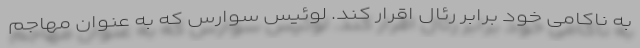
به ناکامی خود برابر رئال اقرار کند. لوئیس سوارس که به عنوان مهاجم